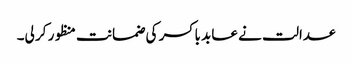
عدالت نے عابد باکسر کی ضمانت منظور کر لی۔